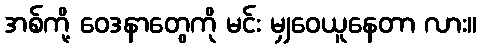
အစ်ကို့ ဝေဒနာတွေကို မင်း မျှဝေယူနေတာ လား။